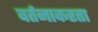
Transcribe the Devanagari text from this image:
वर्तनाकरता